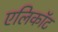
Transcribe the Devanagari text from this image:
एलिकॉट